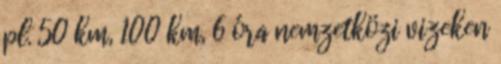
pl. 50 km, 100 km, 6 óra nemzetközi vizeken